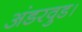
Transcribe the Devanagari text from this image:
अंडरवुड।